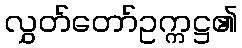
လွှတ်တော်ဥက္ကဋ္ဌ၏